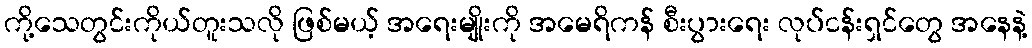
ကို့သေတွင်းကိုယ်တူးသလို ဖြစ်မယ့် အရေးမျိုးကို အမေရိကန် စီးပွားရေး လုပ်ငန်းရှင်တွေ အနေနဲ့